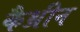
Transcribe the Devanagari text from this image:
कैथ्रीन